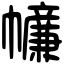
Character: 𢅳